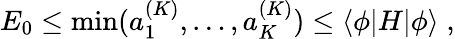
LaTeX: E_{0}\le\mathrm{min}(a_{1}^{(K)},\ldots,a_{K}^{(K)})\le\langle\phi|H|\phi\rangle\; ,